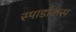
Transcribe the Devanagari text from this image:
स्पार्डाकस